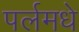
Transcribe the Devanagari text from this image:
पर्लमधे